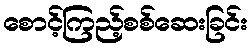
စောင့်ကြည့်စစ်ဆေးခြင်း